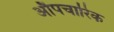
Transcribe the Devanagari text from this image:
अाैपचारिक